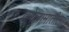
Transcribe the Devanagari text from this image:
कोलामातील